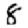
Digit: 8